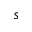
s